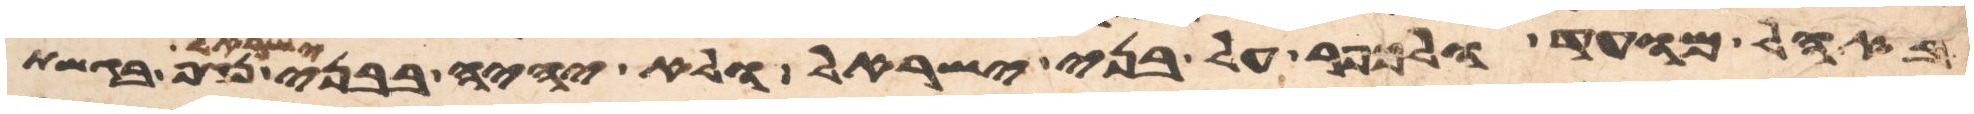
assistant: באהל מועד ולכפר על בני ישראל ולא יהיה בבני ישראל נגף בגשת